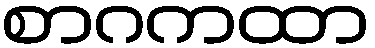
စာဂကထာ